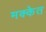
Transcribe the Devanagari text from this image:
मक्केत